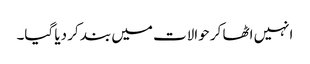
انہیں اٹھا کر حوالات میں بند کر دیا گیا۔